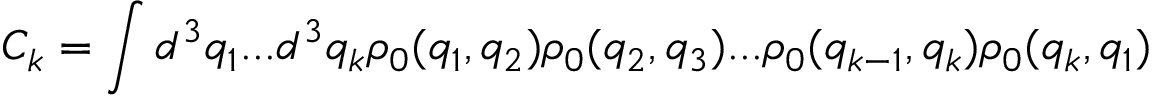
C _ { k } = \int d ^ { 3 } q _ { 1 } . . . d ^ { 3 } q _ { k } \rho _ { 0 } ( q _ { 1 } , q _ { 2 } ) \rho _ { 0 } ( q _ { 2 } , q _ { 3 } ) . . . \rho _ { 0 } ( q _ { k - 1 } , q _ { k } ) \rho _ { 0 } ( q _ { k } , q _ { 1 } )